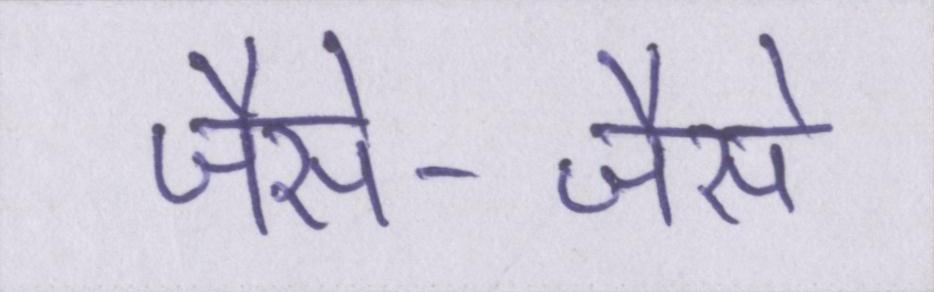
जैसे-जैसे